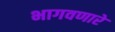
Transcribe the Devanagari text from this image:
भागवणारे